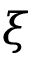
\xi